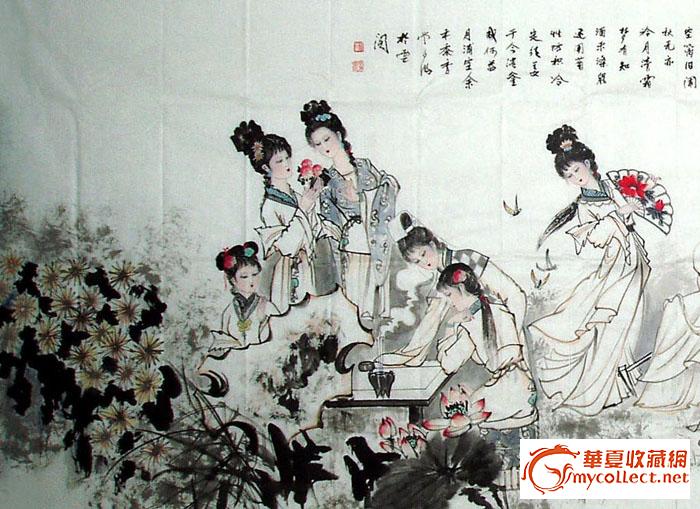
行人怅望王孙去，买断金钗十二愁。